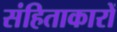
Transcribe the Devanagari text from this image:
संहिताकारों